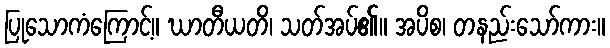
ပြုသောကံကြောင့်။ ဃာတီယတိ၊ သတ်အပ်၏။ အပိစ၊ တနည်းသော်ကား။